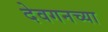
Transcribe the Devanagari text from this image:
देवगनच्या